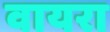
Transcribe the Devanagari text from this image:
वायरा